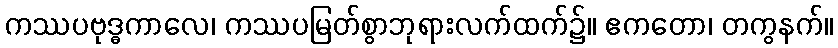
ကဿပဗုဒ္ဓကာလေ၊ ကဿပမြတ်စွာဘုရားလက်ထက်၌။ ဧကတော၊ တကွနက်။